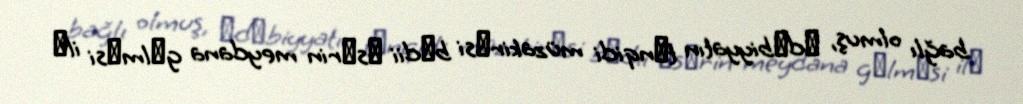
bağlı olmuş, әdәbiyyatın tәnqidi müzakirәsi bәdii әsәrin meydana gәlmәsi ilә